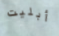
أبليت